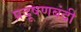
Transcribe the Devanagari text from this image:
प्रदूषणबंदी